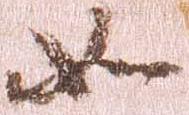
如